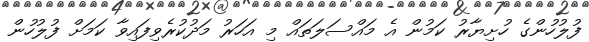
ފުލުހުންގެ ހުށިޔާރު ކަމުން އެ މައްސަލަތައް މި އަހަރު މަދުކުރެވިފައިވާ ކަމަށް ފުލުހުން